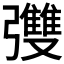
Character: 𪫄